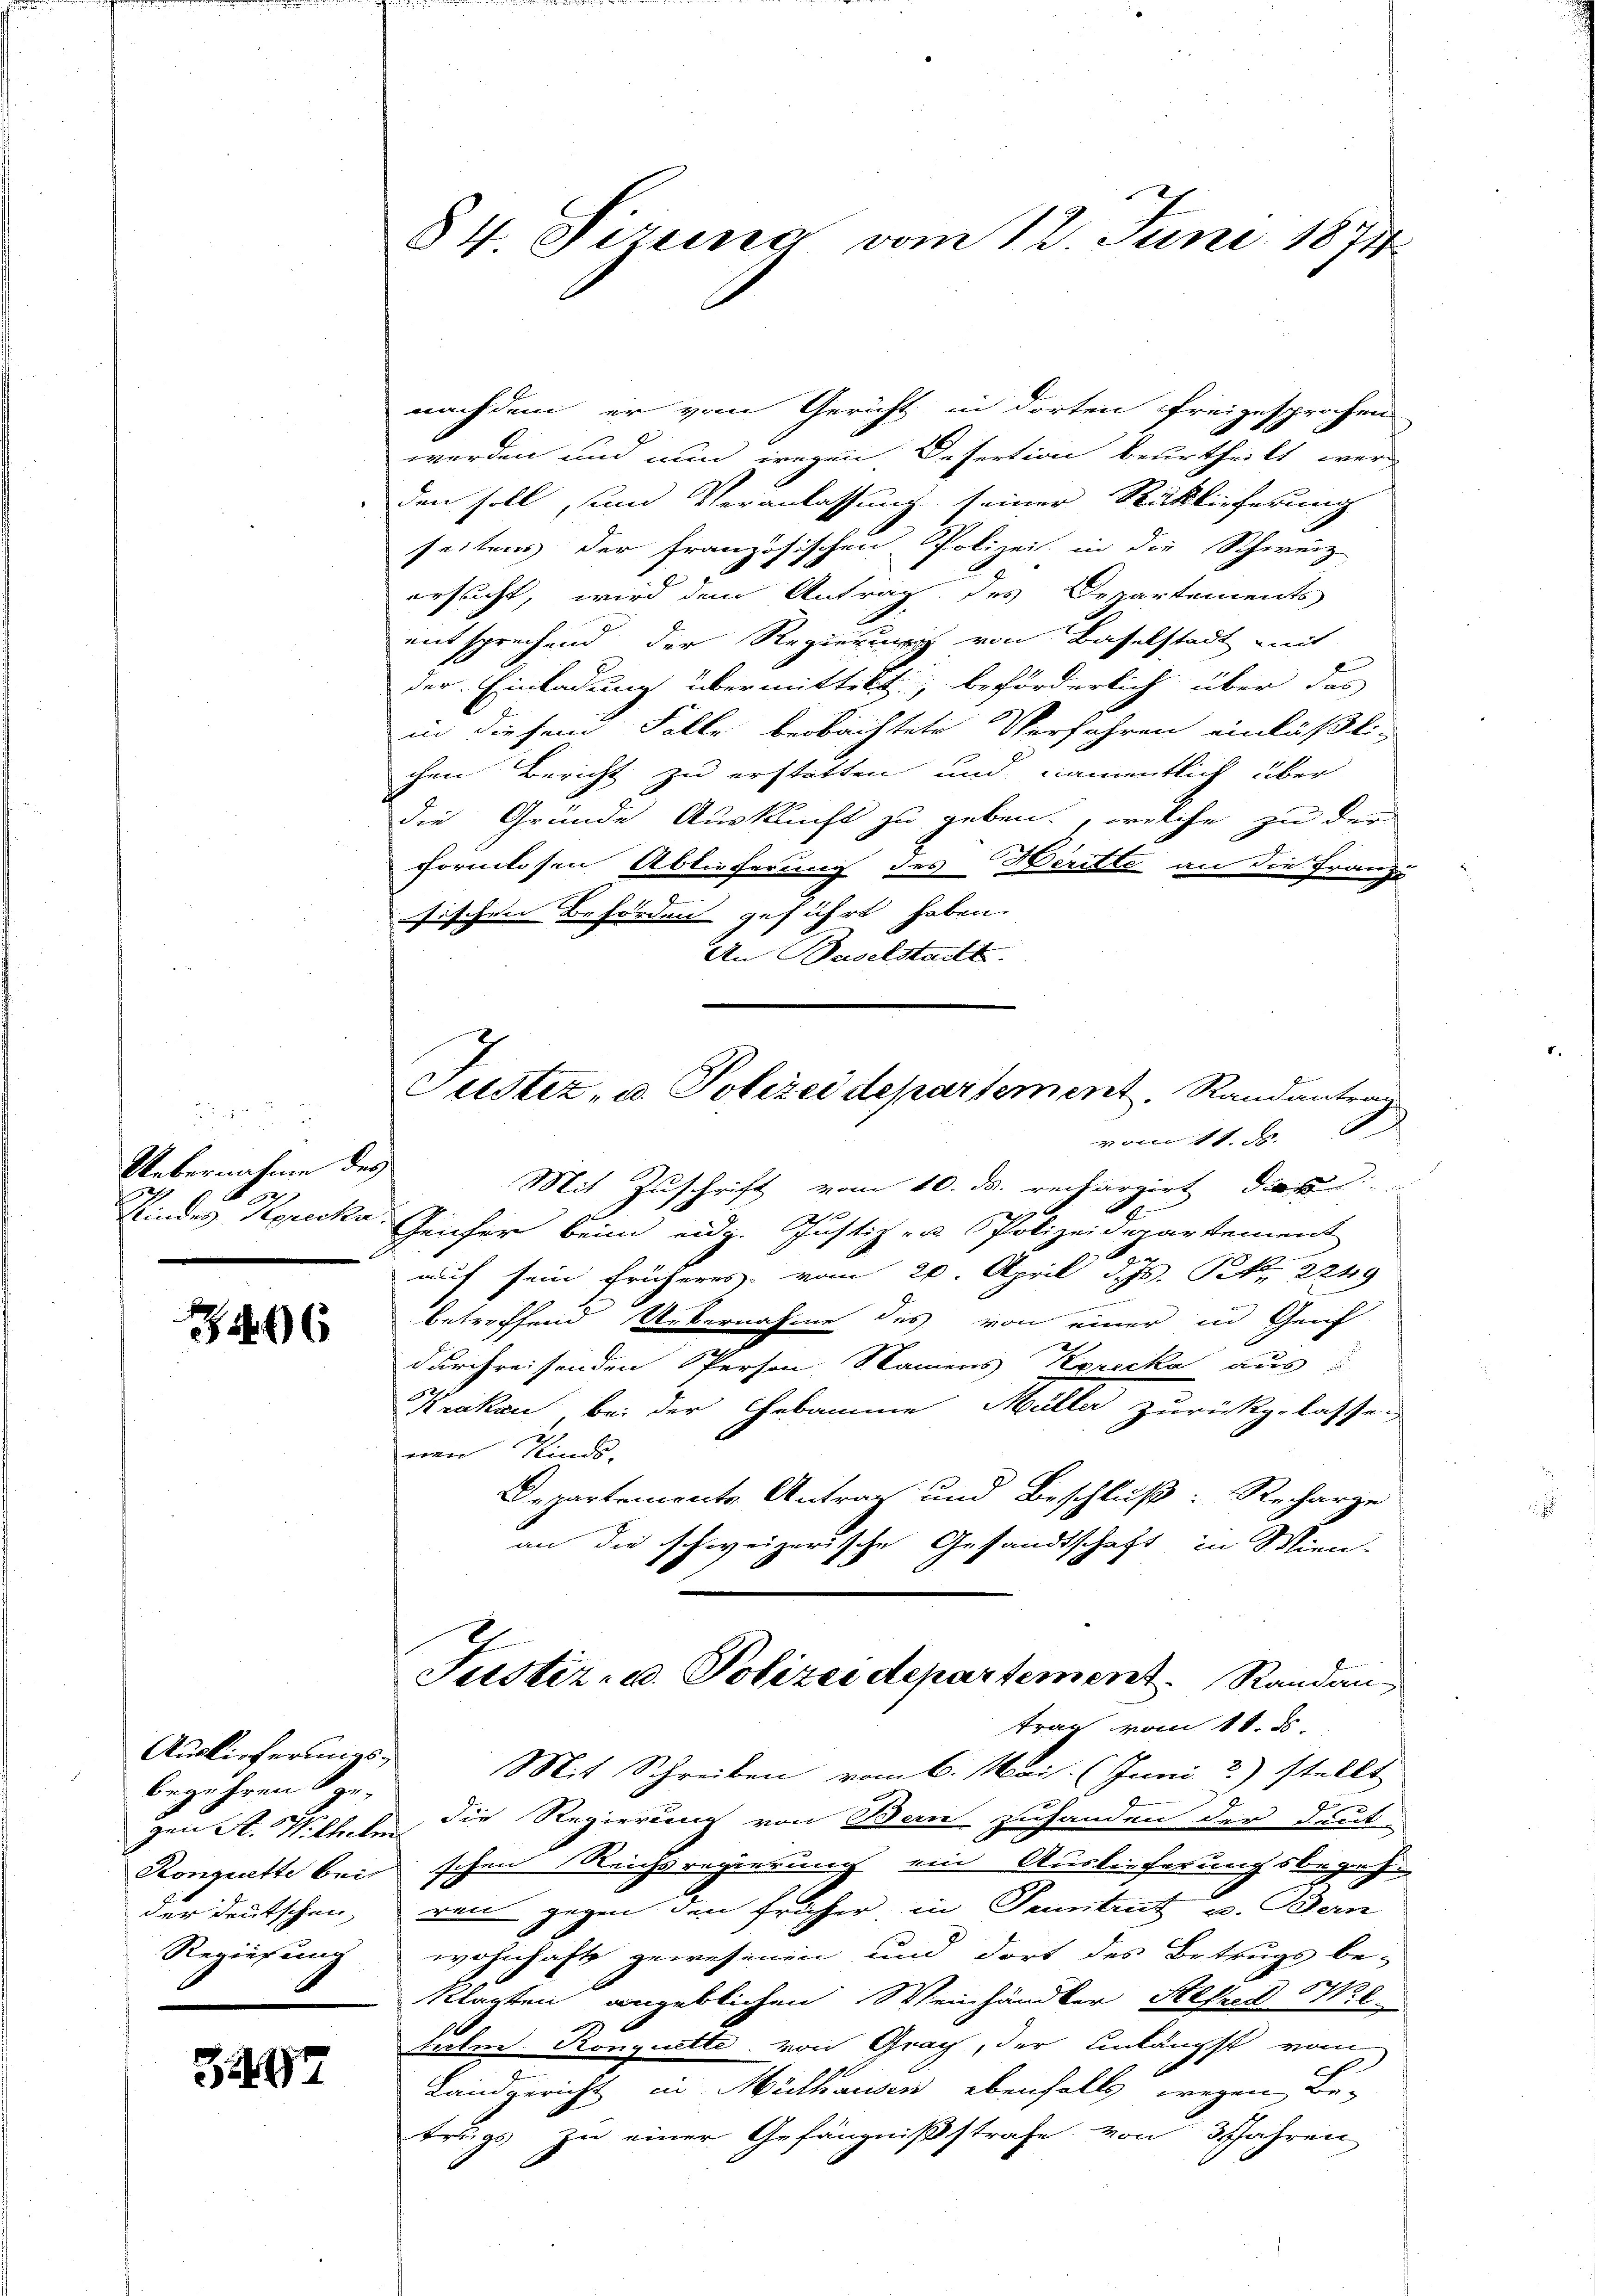
2 pr 2
Uebernahme des

6

Auslieferungsbegehren ge-

3494

84. Sizung vom 12. Juni 1871

nachdem er vom Gericht in dorten freigesprochen
werden und nun wegen Desertion beurtheilt wer
den soll, und Veranlassung seiner Rücklieferung
seitens der französischen Polizei in die Schweiz
ersucht, wird dem Antrag des Departements
entsprechend der Regierung von Baselstadt mit
der Einladung übermittelt; beförderlich über das
in diesen Falle beobachtete Verfahren einläßlichen Bericht zu erstatten und namentlich über
die Gründe Auskunft zu geben, welche zu der
formlosen Ablieferung des Heritte an die Franzi
sischen Behörden geführt haben.
An Baselstatt.
vom 11. d.
Mit Zuschrift vom 10. ds. rechargirt dies
u
e
Kindes Korecke Geicher beim eidg. Justiz- u Polizeidepartement
auf sein früheres vom 20. April d. Js. Frk. 2249
u
betreffend Uebernahme des von einer in Genf
durchreisenden Person, Samens Korecka aus
Krakau bei der Hebamme Müller zurückgelassen
een Kinde-
Departemente Antrag und Beschluß: Recharge
an die schweizerische Gesandtschaft in Wien-
Justiz- u. Polizeidepartement Randantrag vom 11. ds.
Mit Schreiben vom 6. Mai. (Juni 2) stellt
gen St. Mitteten die Regierung von Bern zuhanden der deut-
Kongrathe bei schen Reichsregierung ein Auslieferungsbegehr
der deutschen, ren gegen den früher in Tuntrut u. Bern
Regierung wohnhaft gewesenen und dort des Betrugs be-
klagten angeblichen Weinhändler Alfred M. l.
helm Ronguette von Graz, der Einlängst vom
Landgericht in Mülhausen ebenfalls wegen Be-
trugs zu einer Gefängnißstrafe von 3 Jahren

Justiz- u. Polizei departement. Randantrag